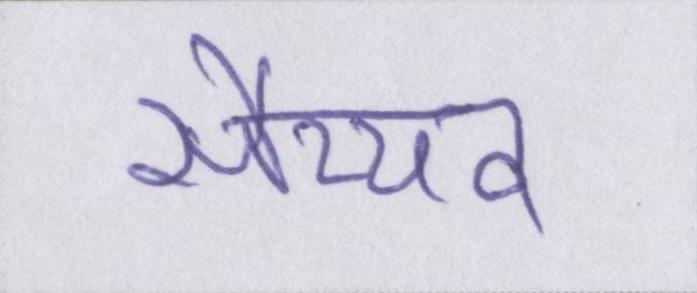
सैय्यद